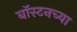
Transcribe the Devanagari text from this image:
बॉस्टनच्या